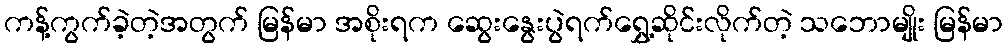
ကန့်ကွက်ခဲ့တဲ့အတွက် မြန်မာ အစိုးရက ဆွေးနွေးပွဲရက်ရွှေ့ဆိုင်းလိုက်တဲ့ သဘောမျိုး မြန်မာ